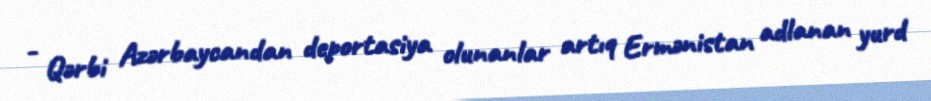
- Qərbi Azərbaycandan deportasiya olunanlar artıq Ermənistan adlanan yurd